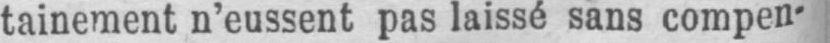
tainement n’eussent pas laissé sans compen-